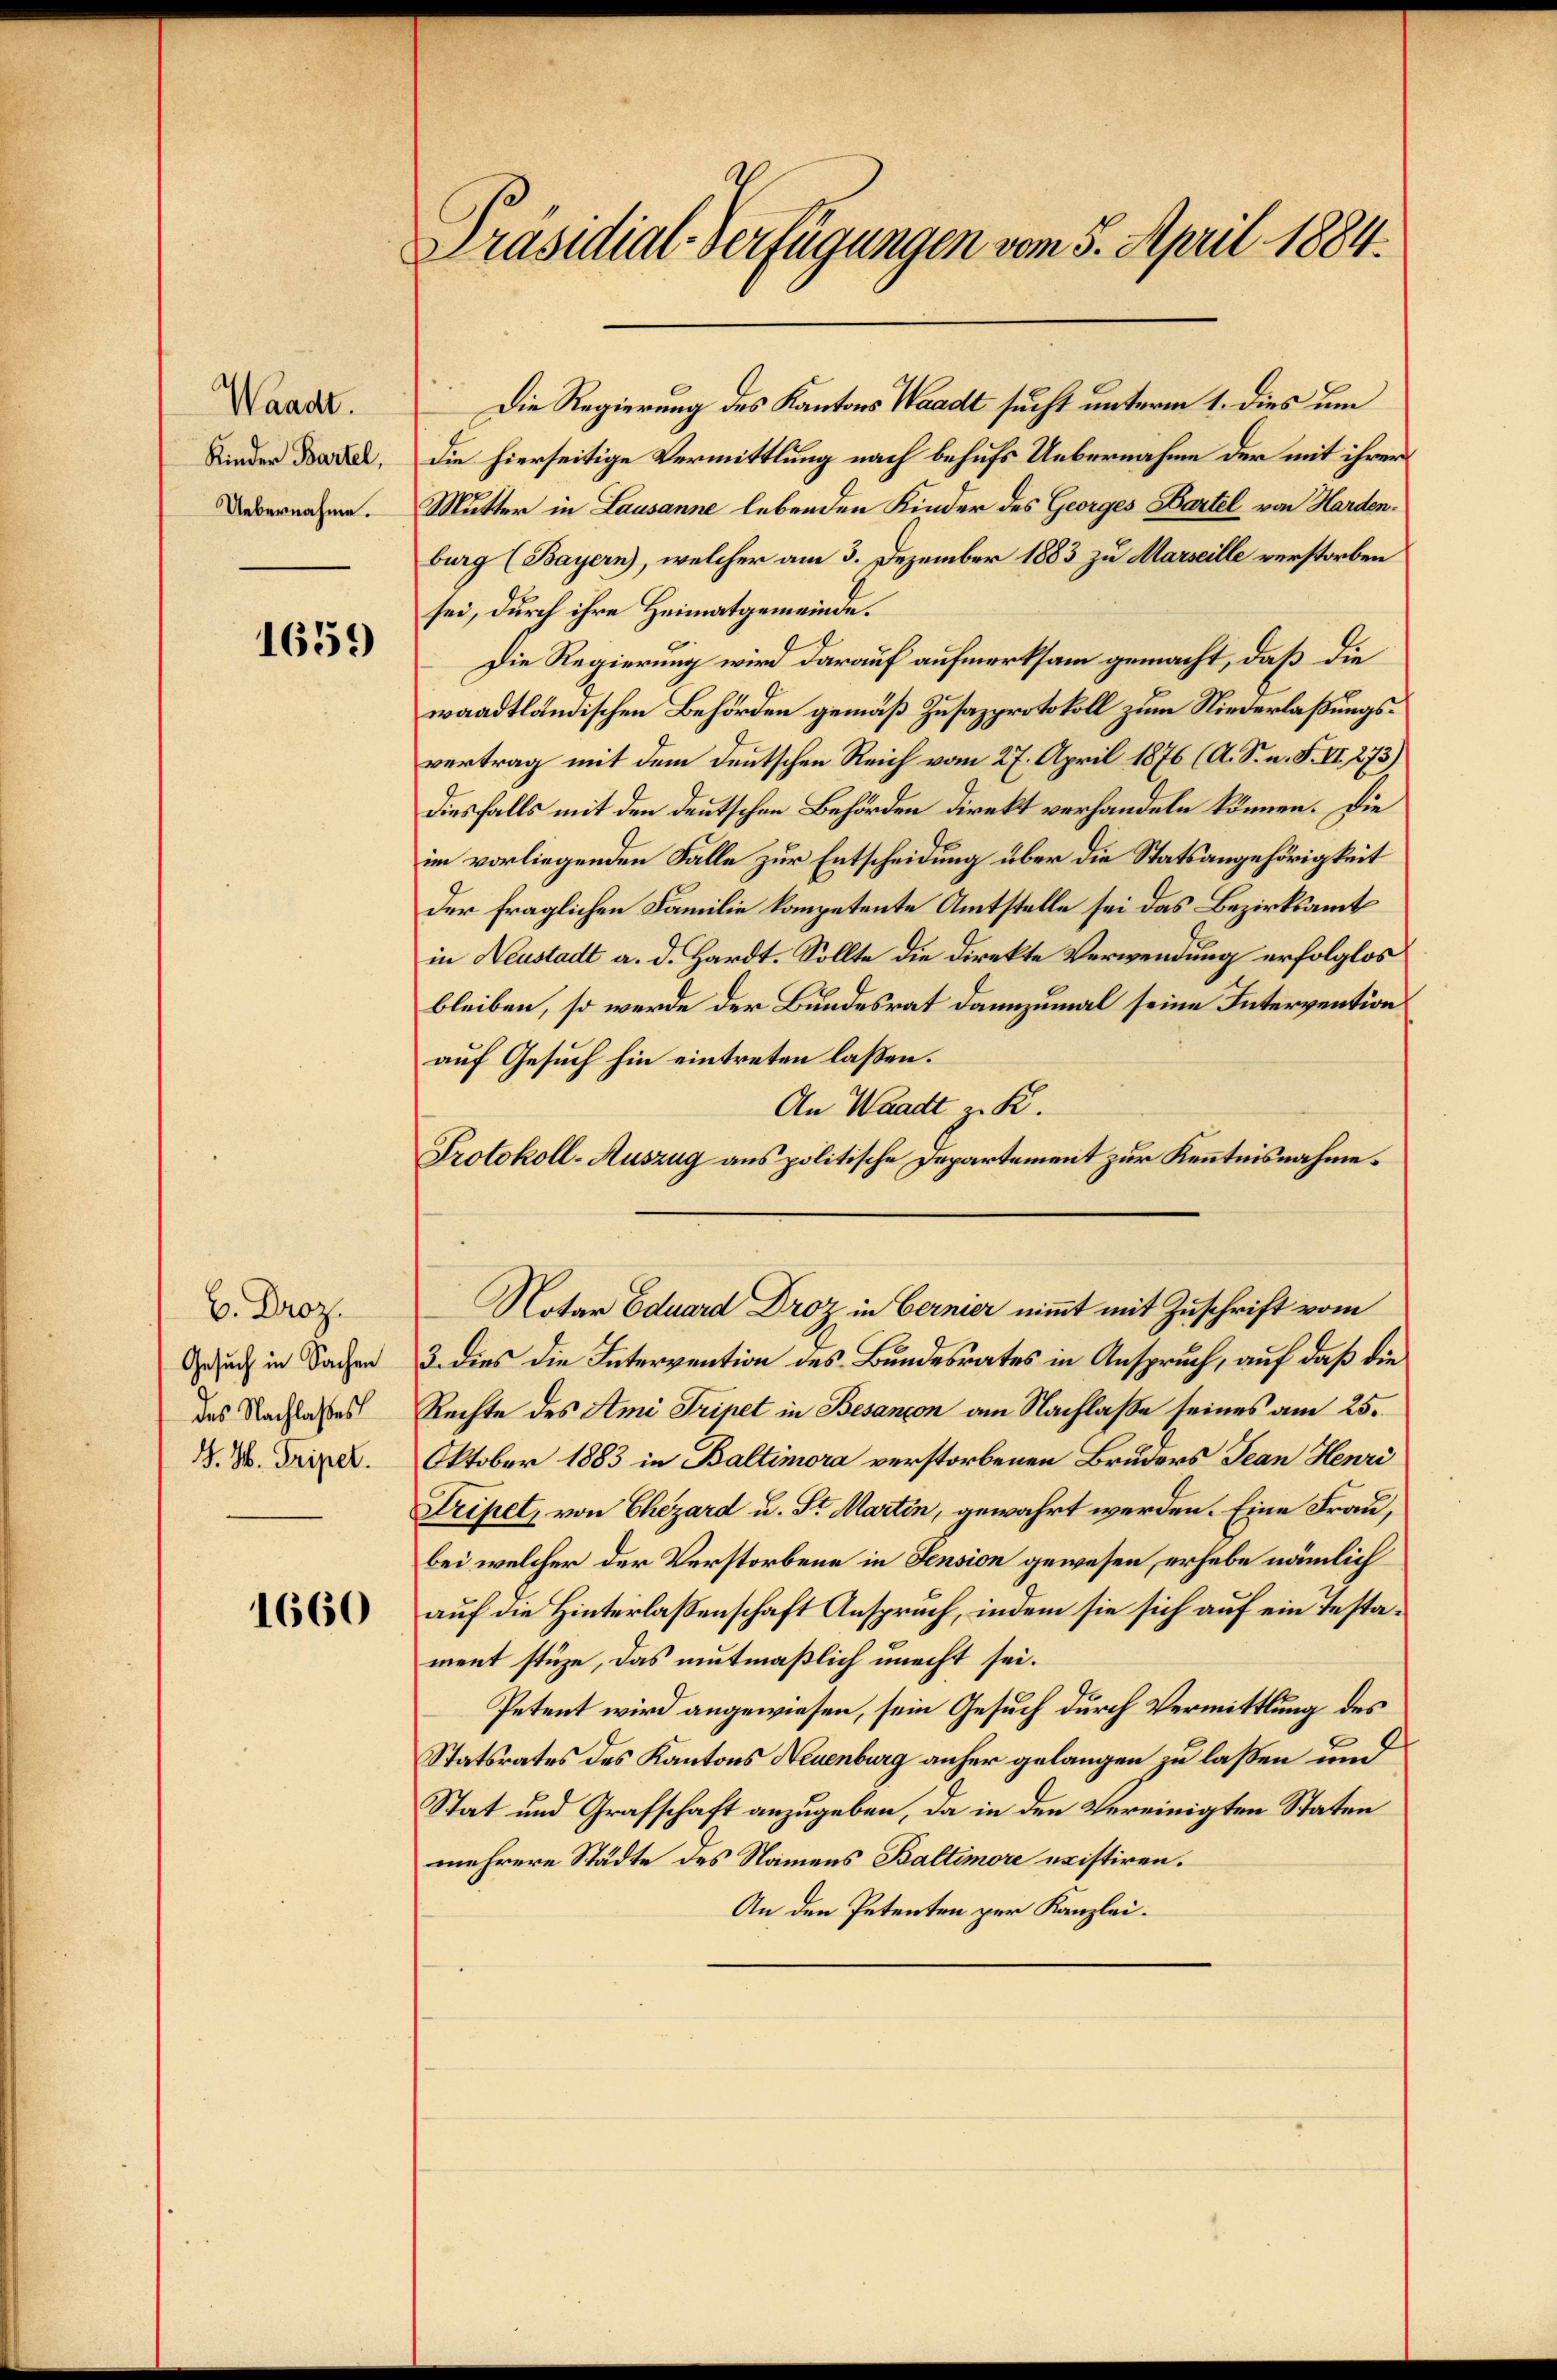
Waadt.
Kinder Bartel,
Uebernahme.

1659

b. Droz.
Gesuch in Sachen
des Nachlaßes
G. H. Triper.

1660

Präsidial-Verfügungen vom 5. April 1884.

Die Regierung des Kantons Waadt sucht unterm 1. dies um
die hierseitige Vermittlung nach behufs Uebernahme der mit ihrer
Mutter in Lausanne lebenden Kinder des Georges Hartel von Harden.
burg (Bayern), welcher am 3. Dezember 1883 zu Marseille verstorben
sei, durch ihre Heimatgemeinde.
Die Regierung wird darauf aufmerksam gemacht, daß die
waadtländischen Behörden gemäß Zusazprotokoll zum Niederlaßungsvertrag mit dem deutschen Reich vom 27. April 1876 (A. S. n. F. VI. 873)
diesfalls mit den deutschen Behörden direkt verhandeln können. Die
im vorliegenden Falle zur Entscheidung über die Statsangehörigkeit
der fraglichen Familie kompetente Amtstelle sei das Bezirksamt
in Neustadt a. d. Hardt. Sollte die Direkte Verwendung erfolglos
bleiben, so werde der Bundesrat dannzumal seine Intervention
auf Gesuch hin eintreten laßen.
An Waadt z. K.
Protokoll-Auszug aus politische Departement zur Kenntnisnahme.
Notar Eduard Droz in Bernier nimmt mit Zuschrift vom
3. dies die Intervention des Bundesrates in Anspruch, auf daß die
Rechte des Ami Tripet in Besançon am Nachlaße seines am 25.
Oktober 1883 in Baltimora verstorbenen Bruders Jean Henri
Tripet, von Chezard u. St. Martin, gewahrt werden. Eine Frau,
bei welcher der Verstorbene in Sension gewesen, erhebe nämlich
auf die Hinterlassenschaft Ansprach, indem sie sich auf ein Testament stüze, das mutmaßlich unecht sei.
Petent wird angewiesen, sein Gesuch durch Vermittlung des
Statsrates des Kantons Neuenburg anher gelangen zu laßen und
Stat und Grafschaft anzugeben, da in den Vereinigten Staten
mehrere Städte des Namens Baltimore existiren.
An den Petenten per Kanzlei.